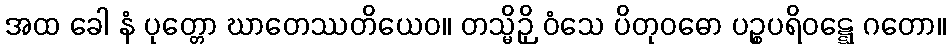
အထ ခေါ နံ ပုတ္တော ဃာတေဿတိယေဝ။ တသ္မိဉှိ ဝံသေ ပိတုဝဓော ပဉ္စပရိဝဋ္ဋေ ဂတော။